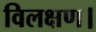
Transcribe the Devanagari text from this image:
विलक्षण।